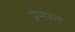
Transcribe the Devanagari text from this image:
प्रेनेस्ते